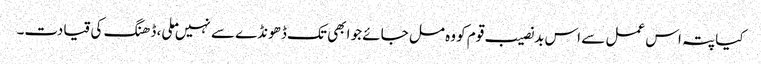
کیا پتہ اس عمل سے اس بدنصیب قوم کو وہ مل جائے جو ابھی تک ڈھونڈے سے نہیں ملی، ڈھنگ کی قیادت۔